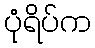
ပုံရိပ်က